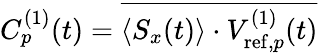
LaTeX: C_{p}^{(1)}(t)=\overline{{\langle S_{x}(t)\rangle\cdot V_{\mathrm{ref},p}^{(1)}(t)}}